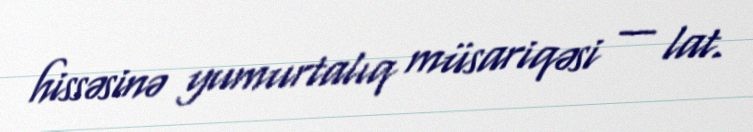
hissəsinə yumurtalıq müsariqəsi — lat.